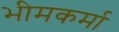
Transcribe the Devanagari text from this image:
भीमकर्मा